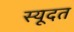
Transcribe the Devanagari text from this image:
स्यूदत